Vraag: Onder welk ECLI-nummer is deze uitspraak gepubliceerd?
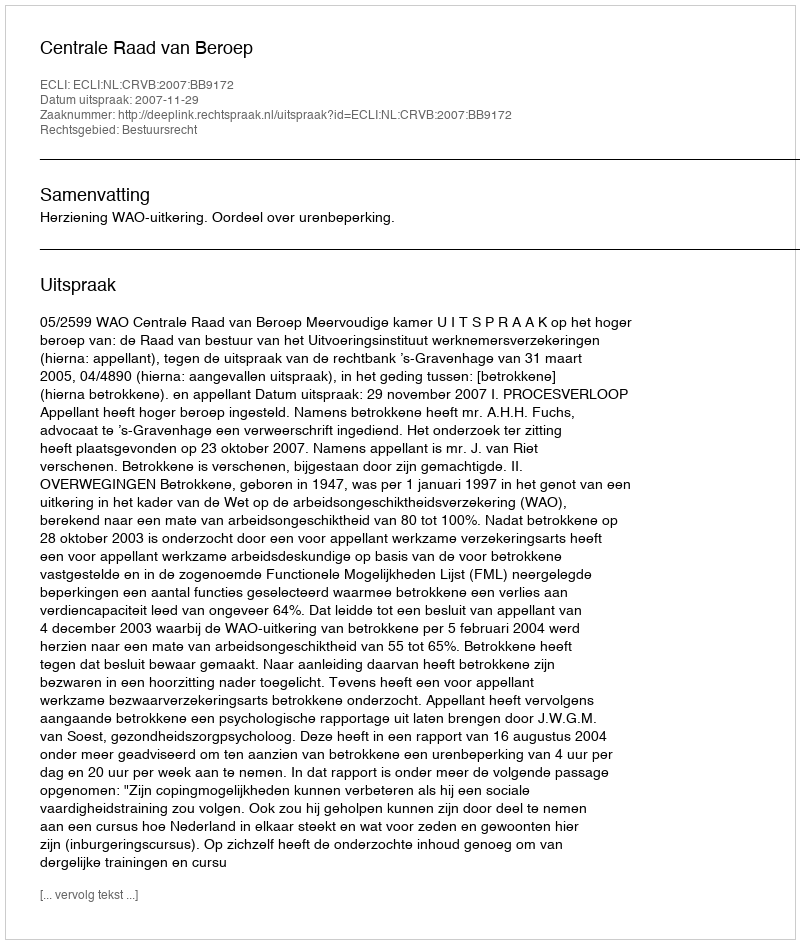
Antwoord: ECLI:NL:CRVB:2007:BB9172